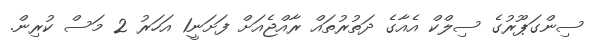
ސިންގަޕޫރުގެ ސިލްކް އެއާގެ ދަތުރުތައް ރާއްޖެއަށް ފަށަނީ1 އަހަރު 2 މަސް ކުރިން.